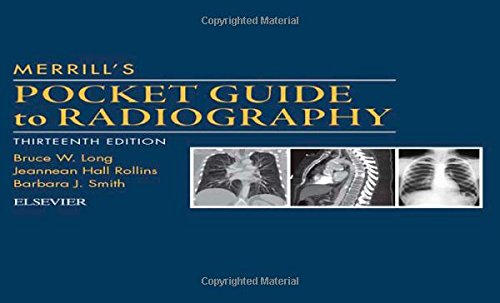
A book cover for Merrill's Pocket Guide to Radiography, 13e; Bruce W. Long MS  RT(R)(CV)  FASRT; Medical Books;